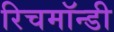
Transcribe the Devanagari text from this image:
रिचमॉन्डी